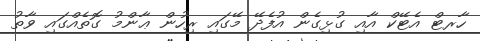
ހާރޓް އެޓޭކް އާއި ގުޅިގެން އުފެދޭ މޭގައި ރިހުން ޢާންމު ގޮތެއްގައި ވާތު